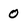
Character: O